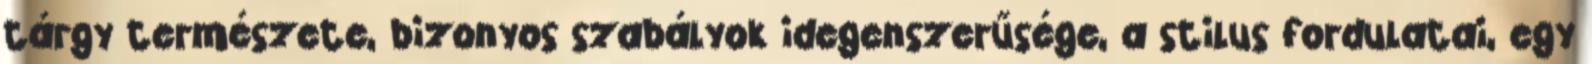
tárgy természete, bizonyos szabályok idegenszerűsége, a stilus fordulatai, egy